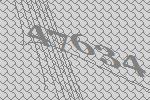
47634